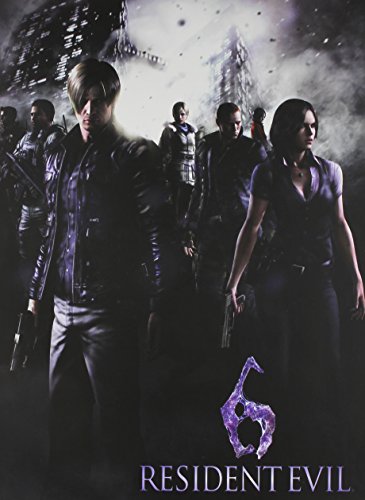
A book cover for Resident Evil 6 Limited Edition Strategy Guide; BradyGames; Science Fiction & Fantasy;